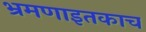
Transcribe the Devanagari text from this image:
भ्रमणाइतकाच